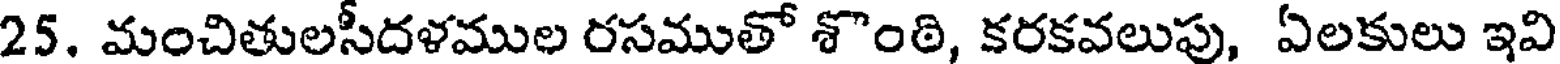
25. మంచితులసీదళముల రసముతో శొంఠి, కరకవలుపు, ఏలకులు ఇవి